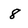
Character: 8